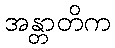
အန္တာတိက